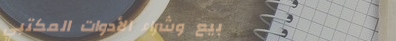
بيع وشراء الأدوات المكتبي